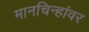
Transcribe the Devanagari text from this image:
मानचिन्हांवर